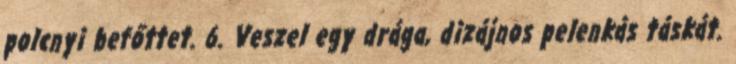
polcnyi befőttet. 6. Veszel egy drága, dizájnos pelenkás táskát.